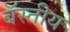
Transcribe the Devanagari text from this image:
बॅस्तीय